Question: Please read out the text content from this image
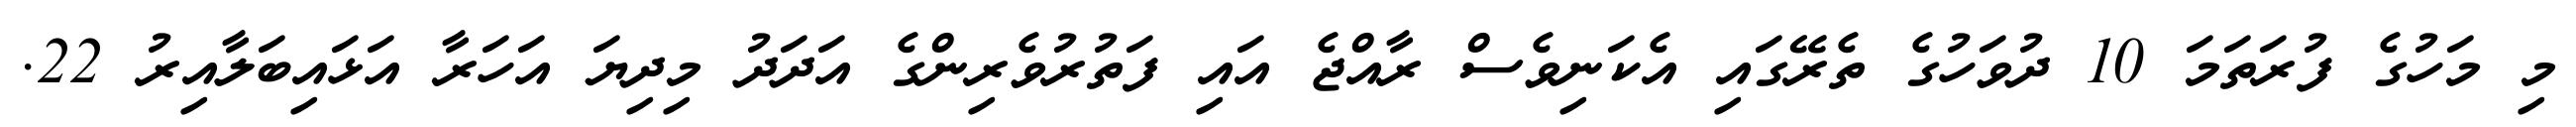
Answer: މި މަހުގެ ފުރަތަމަ 10 ދުވަހުގެ ތެރޭގައި އެކަނިވެސް ރާއްޖެ އައި ފަތުރުވެރިންގެ އަދަދު މިދިޔަ އަހަރާ އަޅައިބަލާއިރު 22.